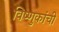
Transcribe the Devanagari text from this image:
विष्णुकांची